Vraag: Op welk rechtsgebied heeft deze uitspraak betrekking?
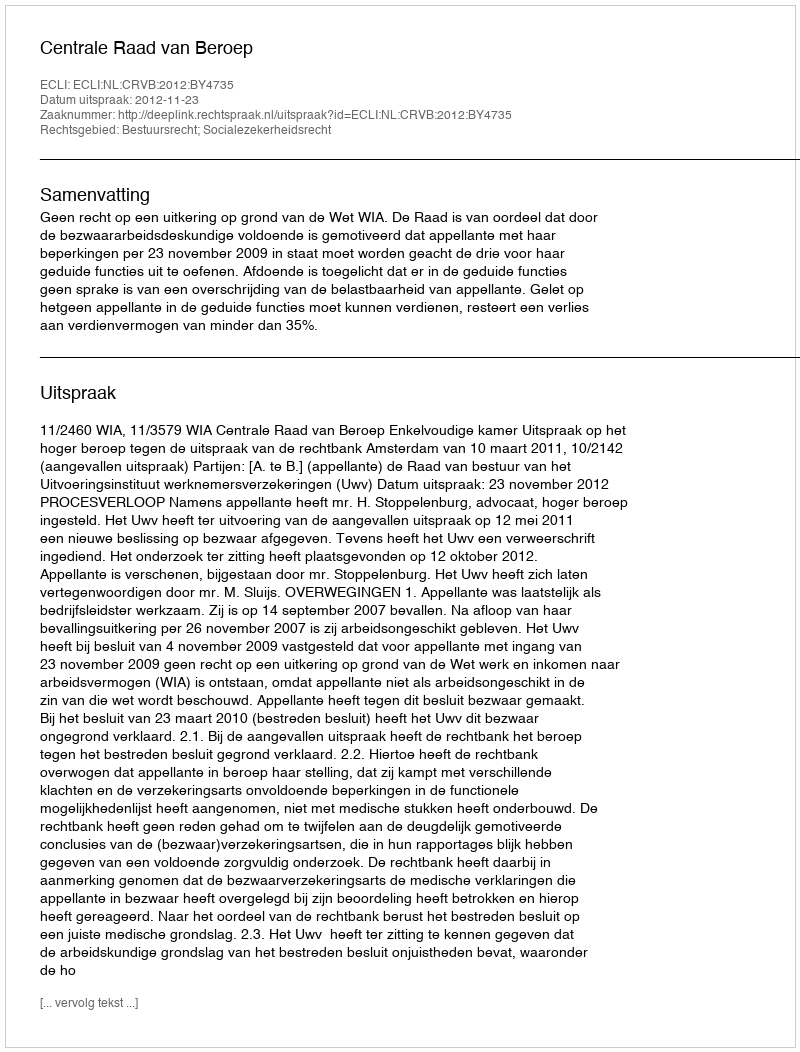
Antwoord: Bestuursrecht; Socialezekerheidsrecht